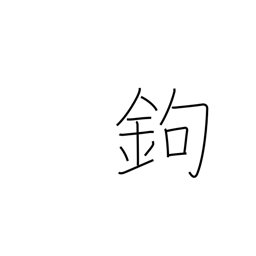
Meaning: gaff